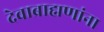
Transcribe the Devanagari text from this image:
देवाब्राह्मणांना